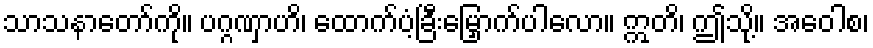
သာသနာတော်ကို။ ပဂ္ဂဏှာဟိ၊ ထောက်ပံ့ခြီးမြှောက်ပါလော။ ဣတိ၊ ဤသို့။ အဝေါစ၊